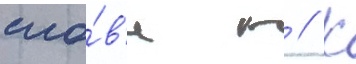
сло́в'е г // К